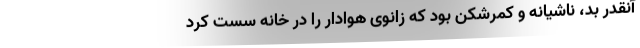
آنقدر بد، ناشیانه و کمرشکن بود که زانوی هوادار را در خانه سست کرد